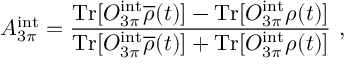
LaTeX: A _ { 3 \pi } ^ { \mathrm { i n t } } = \frac { \mathrm { T r } [ O _ { 3 \pi } ^ { \mathrm { i n t } } { \overline { { \rho } } ( t ) } ] - \mathrm { T r } [ O _ { 3 \pi } ^ { \mathrm { i n t } } \rho ( t ) ] } { \mathrm { T r } [ O _ { 3 \pi } ^ { \mathrm { i n t } } { \overline { { \rho } } ( t ) } ] + \mathrm { T r } [ O _ { 3 \pi } ^ { \mathrm { i n t } } \rho ( t ) ] } \ ,